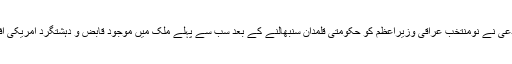
عراق کے اہلسنت مفتی اعظم مہدی الصمیدعی نے نومنتخب عراقی وزیراعظم کو حکومتی قلمدان سنبھالنے کے بعد سب سے پہلے ملک میں موجود قابض و دہشتگرد امریکی افواج کو نکال باہر کرنے کی تلقین کی ہے۔